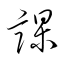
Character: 課